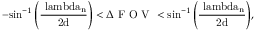
- \mathrm { \sin ^ { - 1 } \left( \frac { \ l a m b d a _ { n } } { 2 d } \right) } < \Delta \mathrm { ~ F ~ O ~ V ~ } < \mathrm { \sin ^ { - 1 } \left( \frac { \ l a m b d a _ { n } } { 2 d } \right) } ,